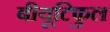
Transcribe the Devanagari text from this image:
बीयूटिफुल